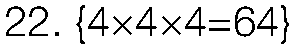
22. {4×4×4=64}